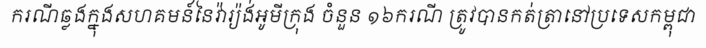
ករណីឆ្លងក្នុងសហគមន៍នៃវ៉ារ្យ៉ង់អូមីក្រុង ចំនួន ១៦ករណី ត្រូវបានកត់ត្រានៅប្រទេសកម្ពុជា